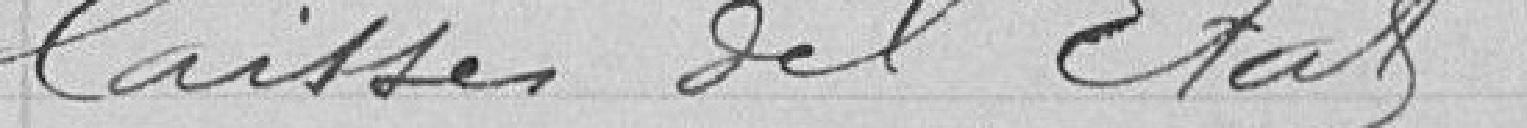
Caisses de l'Etat.